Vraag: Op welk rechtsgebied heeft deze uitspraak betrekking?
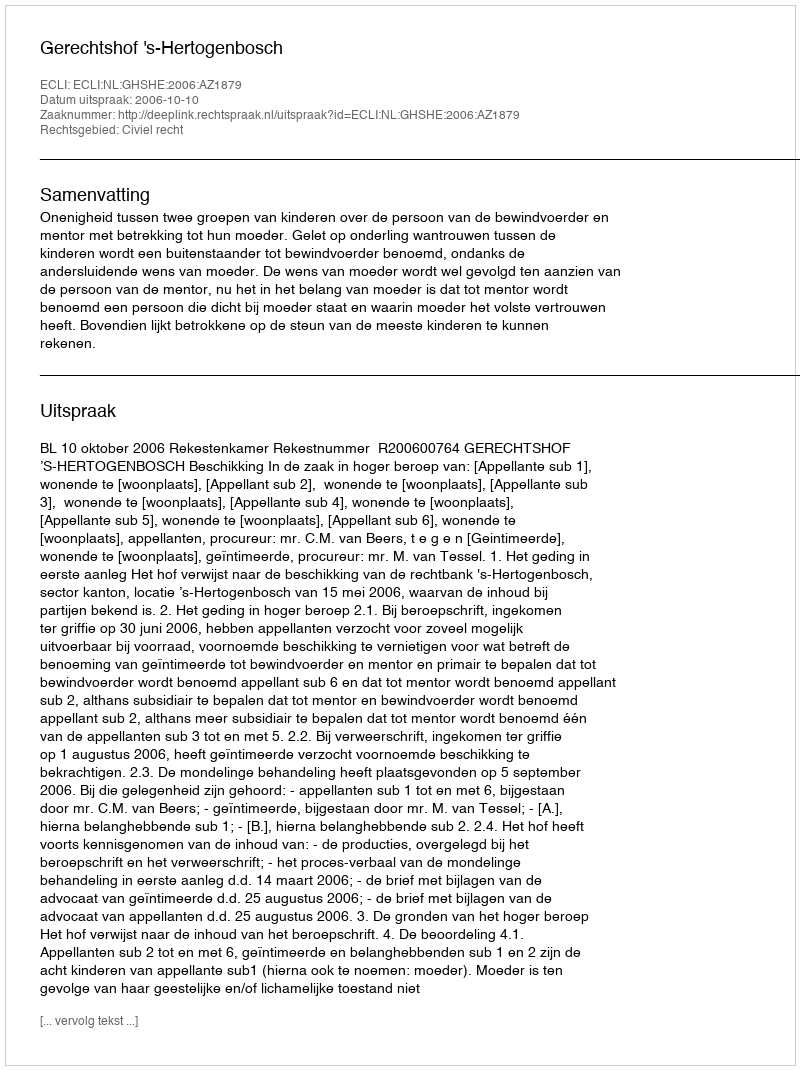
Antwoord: Civiel recht